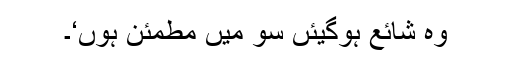
وہ شائع ہوگیئں سو میں مطمئن ہوں‘۔